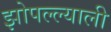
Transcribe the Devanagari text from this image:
झोपल्ल्याली